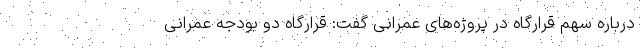
درباره سهم قرارگاه در پروژه‌های عمرانی گفت: قرارگاه دو بودجه عمرانی